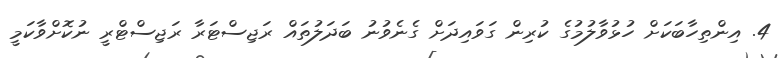
4. އިންތިހާބަކަށް ހުޅުވާލުމުގެ ކުރިން ގަވައިދަށް ގެނެވުނު ބަދަލުތައް ރަޖިސްޓަރާ ރަޖިސްޓްރީ ނުކޮށްވާކަމީ